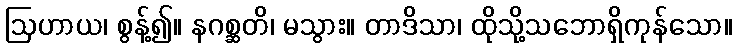
ဩဟာယ၊ စွန့်၍။ နဂစ္ဆတိ၊ မသွား။ တာဒိသာ၊ ထိုသို့သဘောရှိကုန်သော။